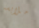
ملابسه